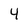
Character: 4